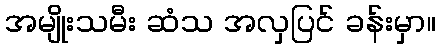
အမျိုးသမီး ဆံသ အလှပြင် ခန်းမှာ။